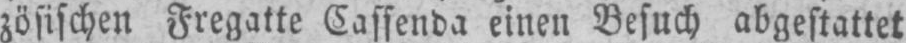
zösischen Fregatte Cassenda einen Besuch abgestattet